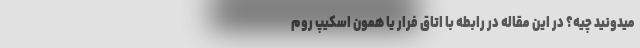
میدونید چیه؟ در این مقاله در رابطه با اتاق فرار یا همون اسکیپ روم